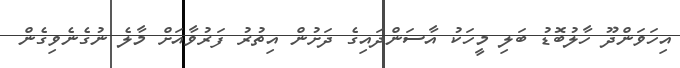
އިހަވަންދޫ ހާލުބޮޑު ބަލި މީހަކު އާސަންދައިގެ ދަށުން އިތުރު ފަރުވާއަށް މާލެ ނުގެނެވިގެން